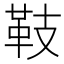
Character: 𩉨